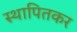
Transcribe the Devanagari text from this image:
स्थापितकर